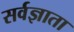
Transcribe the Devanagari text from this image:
सर्वज्ञाता